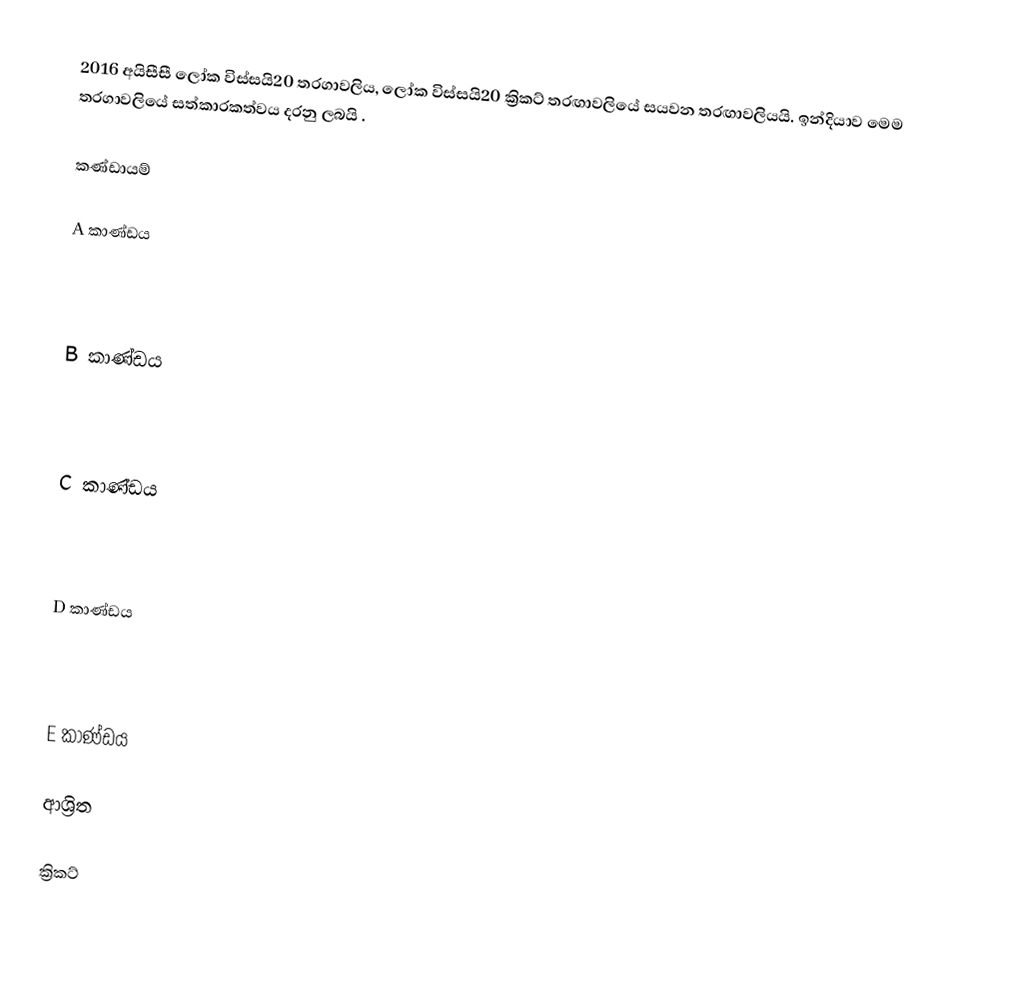
2016 අයිසීසී ලෝක විස්සයි20 තරගාවලිය, ලෝක විස්සයි20  ක්‍රිකට් තරඟාවලියේ සයවන තරඟාවලියයි. ඉන්දියාව මෙම තරගාවලියේ සත්කාරකත්වය දරනු ලබයි .

කණ්ඩායම්

 A කාණ්ඩය

 B කාණ්ඩය

 C කාණ්ඩය

 D කාණ්ඩය

 E කාණ්ඩය

ආශ්‍රිත

ක්‍රිකට්